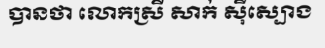
បានថា លោកស្រី សាក់ ស៊ីស្បោង